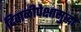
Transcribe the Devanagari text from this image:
दिवाळीपेक्षासुद्धा